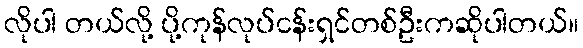
လိုပါ တယ်လို့ ပို့ကုန်လုပ်ငန်းရှင်တစ်ဦးကဆိုပါတယ်။